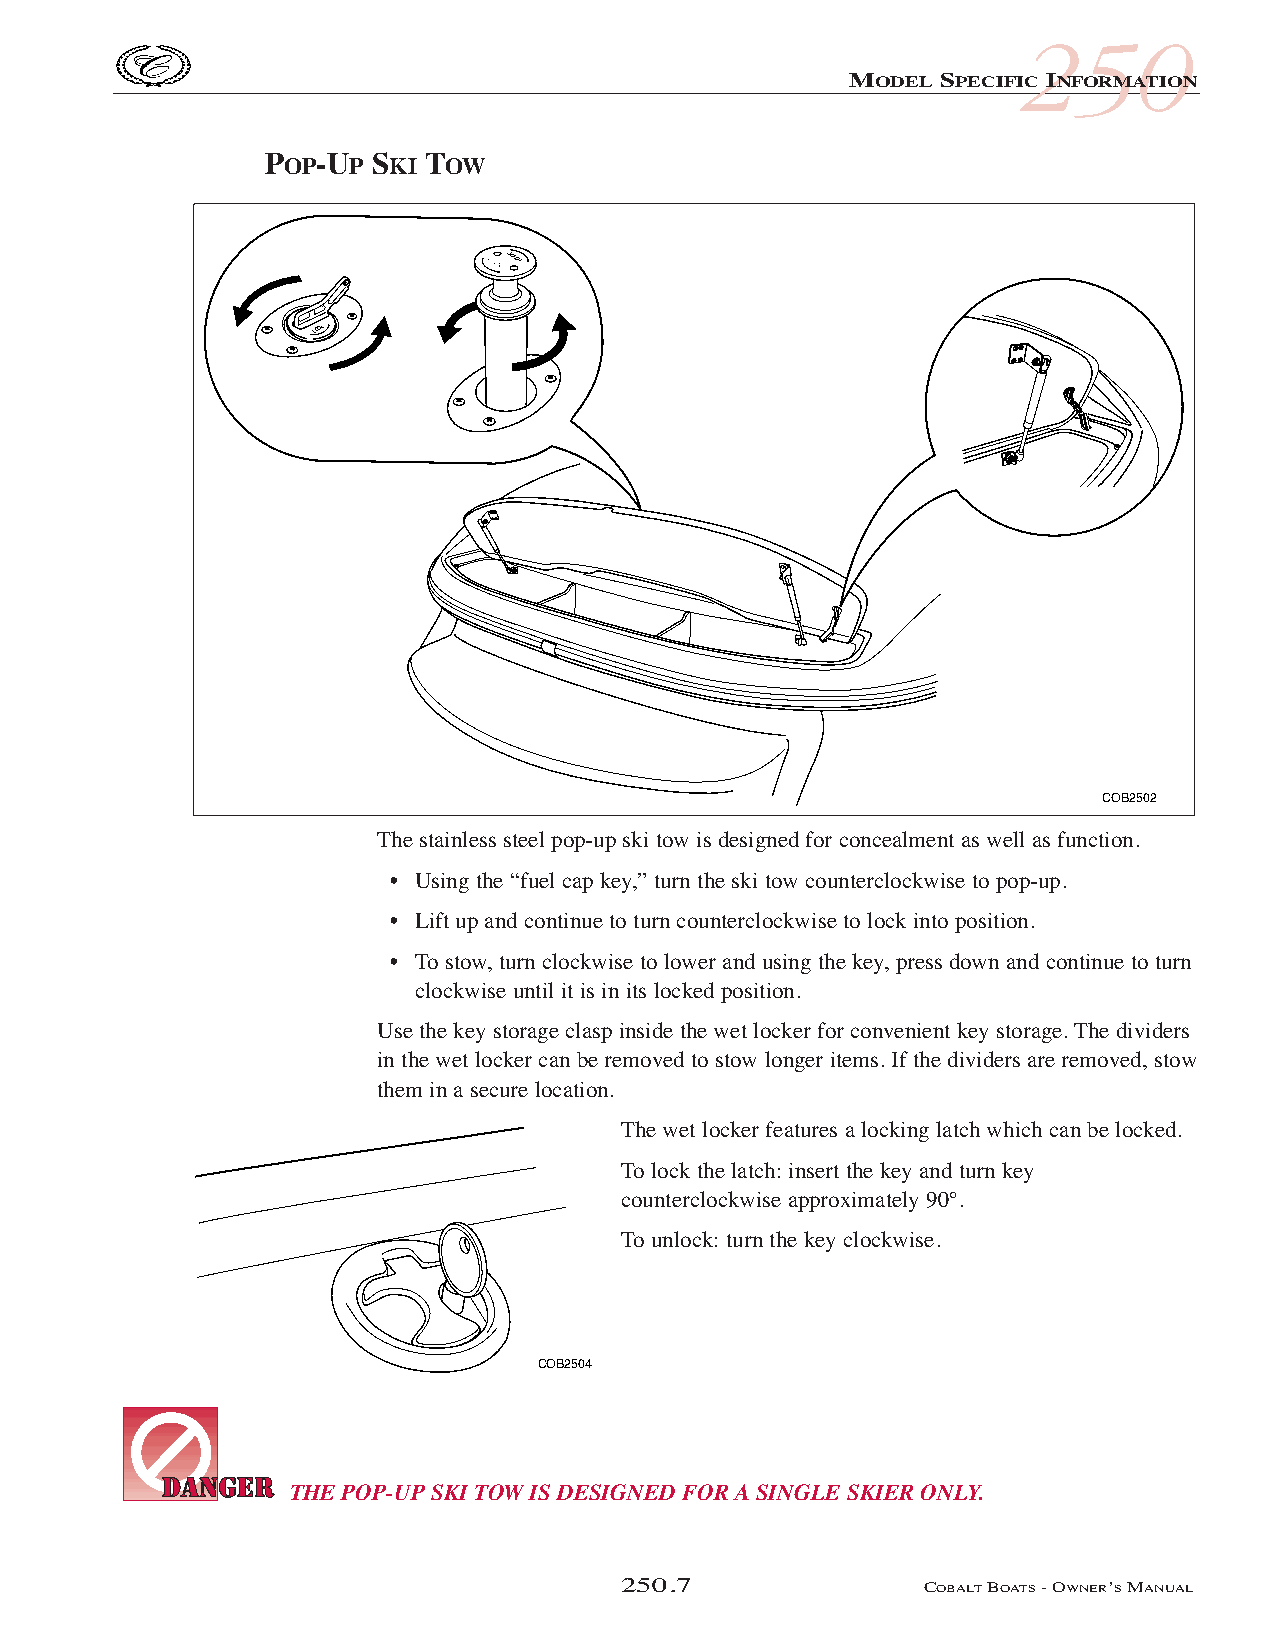
COB_05 Sect 250.qxd 3/18/05 9:27 AM Page 250.7
 250
 MODEL SPECIFIC INFORMATION
 POP-UP SKI TOW
 KCOL
 LOCK
 COB2502
 The stainless steel pop-up ski tow is designed for concealment as well as function.
 • Using the “fuel cap key,” turn the ski tow counterclockwise to pop-up.
 • Lift up and continue to turn counterclockwise to lock into position.
 • To stow, turn clockwise to lower and using the key, press down and continue to turn
 clockwise until it is in its locked position.
 Use the key storage clasp inside the wet locker for convenient key storage. The dividers
 in the wet locker can be removed to stow longer items. If the dividers are removed, stow
 them in a secure location.
 The wet locker features a locking latch which can be locked.
 To lock the latch: insert the key and turn key
 counterclockwise approximately 90°.
 To unlock: turn the key clockwise.
 COB2504
 THEPOP-UPSKI TOW IS DESIGNED FOR A SINGLE SKIER ONLY.
 250.7               COBALTBOATS- OWNER’SMANUAL